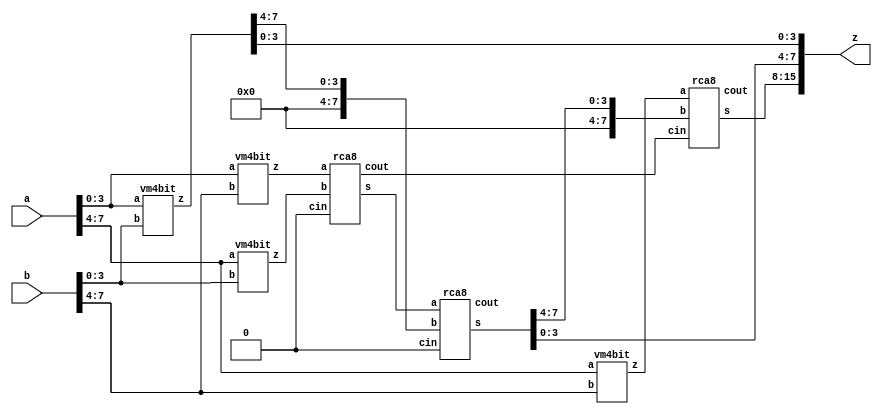
//------------------8 BIT VEDIC MULTIPLIER-------------------------------/
//main module//
//8 bit 
module vm8bit(input [7:0]a,b,output [15:0]z);
  wire [31:0] s;
  wire c1,c2,c3,ca,c;
  wire [7:0] s1;
  wire [7:0]sp;

  vm4bit v1(a[3:0],b[3:0],s[7:0]);// Using 2 Bit Vedic Multiplier 
  vm4bit v2(a[3:0],b[7:4],s[15:8]);
  vm4bit v3(a[7:4],b[3:0],s[23:16]);
  vm4bit v4(a[7:4],b[7:4],s[31:24]);
  
  rca8 a1(s[15:8],s[23:16],1'b0,s1[7:0],c1);                    // Using Ripple Carry Adder  
  rca8 a2(s1[7:0],{1'b0,1'b0,1'b0,1'b0,s[7:4]},1'b0,sp[7:0],c2);
  rca8 a3(s[31:24],{1'b0,1'b0,1'b0,1'b0,sp[7:4]},c1,z[15:8],c3);
  assign z[3:0]=s[3:0];
  assign z[7:4]=sp[3:0];
endmodule




//4 bit vedic multipier 
module vm4bit(input [3:0]a,b,output [7:0]z);
  wire [15:0] s;
  wire c1,c2,c3,ca,c;
  wire [3:0] s1;
  wire [3:0]sp;

  vm2bit v1(a[1:0],b[1:0],s[3:0]);// Using 2 Bit Vedic Multiplier 
  vm2bit v2(a[1:0],b[3:2],s[7:4]);
  vm2bit v3(a[3:2],b[1:0],s[11:8]);
  vm2bit v4(a[3:2],b[3:2],s[15:12]);
  
  rca4 a1(s[11:8],s[7:4],1'b0,s1[3:0],c1);                    // Using Ripple Carry Adder  
  rca4 a2(s1[3:0],{1'b0,1'b0,s[3],s[2]},1'b0,sp[3:0],c2);
  or(ca,c1,c2);
  rca4 a3(s[15:12],{ca,1'b0,sp[3],sp[2]},1'b0,z[7:4],c3);
  assign z[1:0]=s[1:0];
  assign z[3:2]=sp[1:0];
endmodule


//2 Bit Vedic Multiplier 
module vm2bit(input [1:0]a,b,output [3:0]z);
  reg p[1:0][1:0];
  wire [1:0] s,c;
  integer i,j;
  always @(a,b)
  begin
    for(i=0;i<2;i=i+1) 
      for(j=0;j<2;j=j+1)
        p[j][i] = a[j] & b[i];
  end 
  ha h1(p[0][1],p[1][0],s[0],c[0]);
  ha h2(c[0],p[1][1],s[1],c[1]);
  assign z[0]=p[0][0];
  assign z[1]=s[0];
  assign z[2]=s[1];
  assign z[3]=c[1];
endmodule 




//required module
// 8 Bit Ripple Carry Adder 
module rca8(input [7:0] a,b,input cin,output [7:0] s,output cout);
  wire c1;
  rca4 a1(a[3:0],b[3:0],cin,s[3:0],c1);
  rca4 a2(a[7:4],b[7:4],c1,s[7:4],cout);
endmodule

 
// 4 Bit Ripple Carry Adder 
module rca4(input [3:0]a,b,input cin,output [3:0]s,output cout);
  wire c1,c2,c3;
  fa f1(a[0],b[0],cin,s[0],c1);
  fa f2(a[1],b[1],c1,s[1],c2);
  fa f3(a[2],b[2],c2,s[2],c3);
  fa f4(a[3],b[3],c3,s[3],cout);
endmodule 


// Full Adder 
module fa(input a,b,cin,output sum,carry);
  assign sum = a ^ b ^ cin;
  assign carry = (a & b) | (b & cin) | (cin & a);
endmodule 


// Half Adder 
module ha(input a,b,output sum,carry);
  assign sum = a ^ b;
  assign carry = a & b;
endmodule